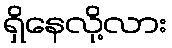
ရှိနေလို့လား